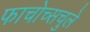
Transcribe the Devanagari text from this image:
फाचोच्सचुले